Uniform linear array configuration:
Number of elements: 48
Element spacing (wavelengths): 0.75
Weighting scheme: kaiser
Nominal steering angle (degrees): -15
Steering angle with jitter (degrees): -13.484
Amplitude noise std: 0.05
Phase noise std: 0.05

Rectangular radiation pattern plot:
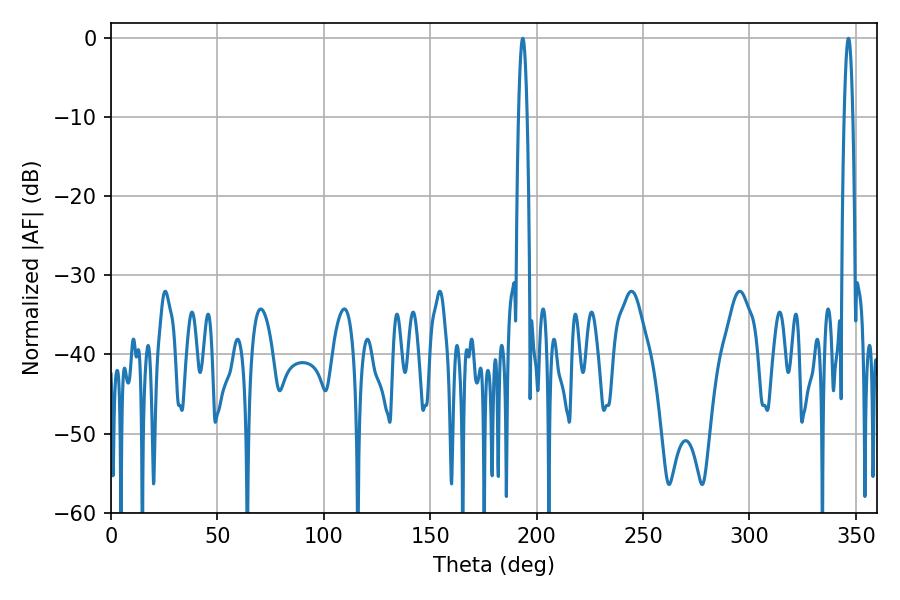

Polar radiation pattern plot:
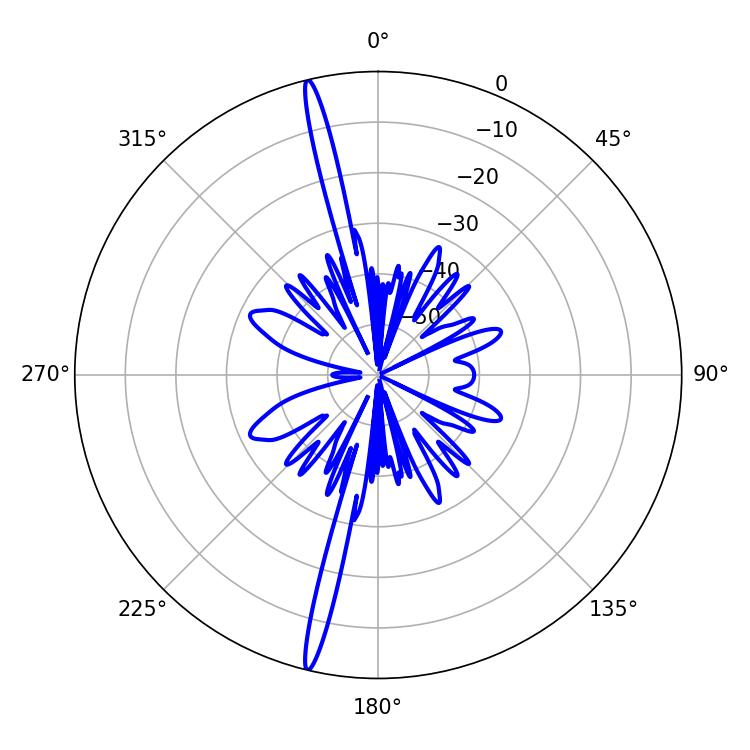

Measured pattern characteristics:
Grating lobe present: TRUE
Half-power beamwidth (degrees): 2.16
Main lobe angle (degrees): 193.5